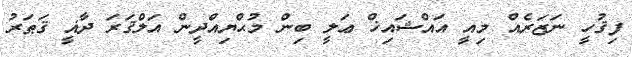
ފިޤުހީ ނަޒަރެއް މިއީ އައްޝައިޚް ޢަލީ ބިން މުޙްޔިއްދީން އަލްޤަރަ ދާޣީ ޤަޠަރު